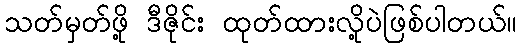
သတ်မှတ်ဖို့ ဒီဇိုင်း ထုတ်ထားလို့ပဲဖြစ်ပါတယ်။